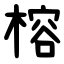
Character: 榕